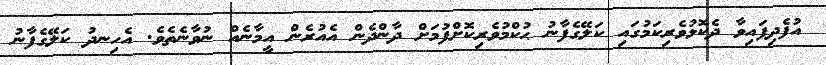
އުފެދިފައިވާ ދެކޮޅުވެރިކަމުގައި ކަލޭގެފާނު ޙުކްމުވެރިކޮށްފުމަށް ދާންދެން އެއުރެން އީމާނެއް ނުވާނެތެވެ. އެހިނދު ކަލޭގެފާނު